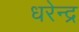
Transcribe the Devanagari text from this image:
धरेन्द्र